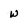
Character: w